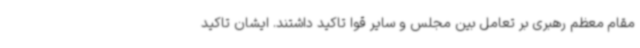
مقام معظم رهبری بر تعامل بین مجلس و سایر قوا تاکید داشتند. ایشان تاکید